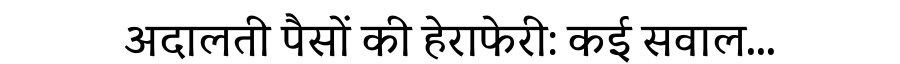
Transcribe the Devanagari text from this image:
अदालती पैसों की हेराफेरी: कई सवाल...